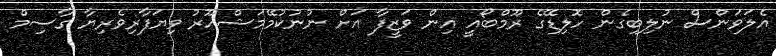
އެލަވަންސް ނުލިބިގެން ހޮލިޑޭގެ ރޫމްބޯއީ އިން ވަޒީފާ އަށް ނުނުކުމޭމަޝްހޫރު ވިޔަފާރިވެރިޔާ ގާސިމް